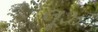
લૂઝ